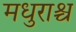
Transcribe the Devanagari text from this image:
मधुराश्च